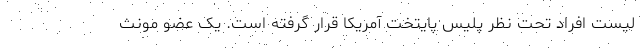
لیست افراد تحت نظر پلیس پایتخت آمریکا قرار گرفته است. یک عضو مونث